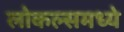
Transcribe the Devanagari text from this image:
लोकल्समध्ये